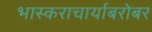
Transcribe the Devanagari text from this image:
भास्कराचार्याबरोबर